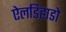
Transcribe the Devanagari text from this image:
ऐलडिहाडो